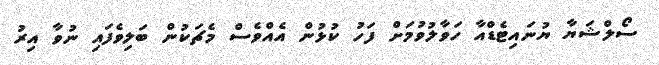
ސޯލްޝަޔާ ޔުނައިޓެޑްއާ ހަވާލުވުމަށް ފަހު ކުޅުން އެއްވެސް މެޗަކުން ބަލިވެފައި ނުވާ އިރު